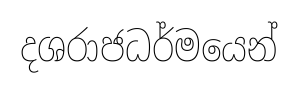
දශරාජධර්මයෙන්